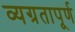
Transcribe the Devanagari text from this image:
व्यग्रतापूर्ण